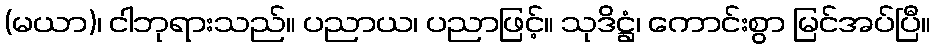
(မယာ)၊ ငါဘုရားသည်။ ပညာယ၊ ပညာဖြင့်။ သုဒိဋ္ဌံ၊ ကောင်းစွာ မြင်အပ်ပြီ။